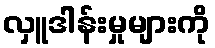
လှူဒါန်းမှုများကို